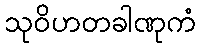
သုဝိဟတခါဏုကံ